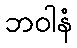
ဘဝါနံ